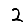
Digit: 2